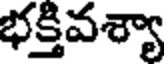
భక్తివశ్యా